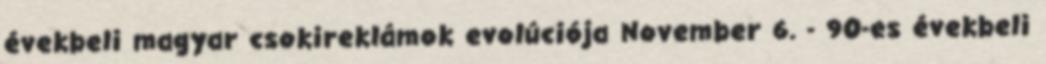
évekbeli magyar csokireklámok evolúciója November 6. - 90-es évekbeli